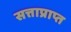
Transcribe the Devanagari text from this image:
सत्ताप्राप्त